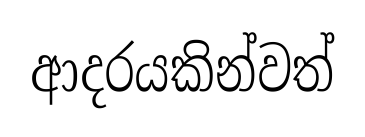
ආදරයකින්වත්